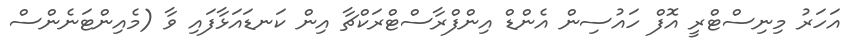
އަހަރު މިނިސްޓްރީ އޮފް ހައުސިން އެންޑް އިންފްރާސްޓްރަކްޗާ އިން ކަނޑައަޅާފައި ވާ (މެއިންޓަނެންސް